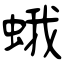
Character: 蛾